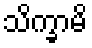
သိက္ခာမိ